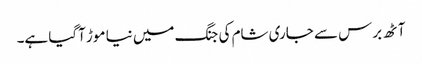
آٹھ برس سے جاری شام کی جنگ میں نیا موڑ آگیا ہے۔